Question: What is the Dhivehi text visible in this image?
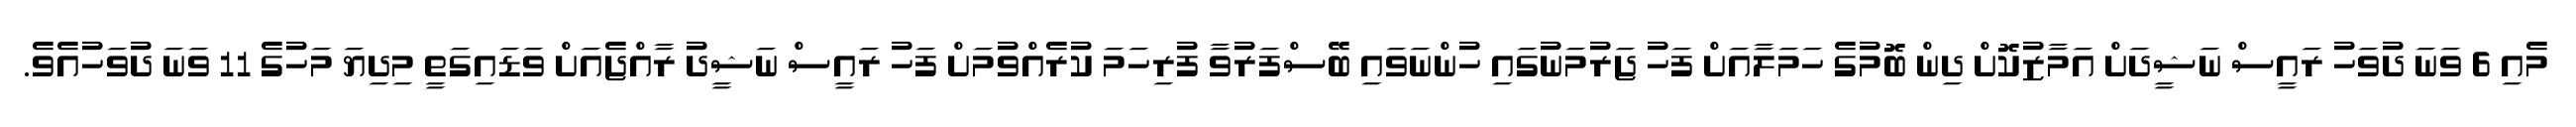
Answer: މެއި 6 ވަނަ ދުވަހު ރައީސް ނަޝީދަށް އަމާޒުކޮށް ދިން ބޮމުގެ ހަމަލާއަށް ފަހު ޖަރުމަނުގައި ހުންނަވައި ބޭސްފަރުވާ ފުރިހަމަ ކުރެއްވުމަށް ފަހު ރައީސް ނަޝީދު ރާއްޖެއަށް ވަޑައިގަތީ މިދިޔަ މަހުގެ 11 ވަނަ ދުވަހުއެވެ.